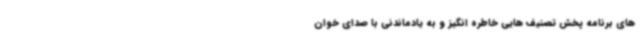
های برنامه پخش تصنیف هایی خاطره انگیز و به یادماندنی با صدای خوان